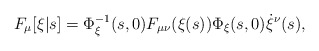
\begin{align*}F_\mu[\xi|s] = \Phi_\xi^{-1}(s,0) F_{\mu\nu}(\xi(s)) \Phi_\xi(s,0) \dot{\xi}^\nu(s),\end{align*}